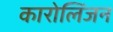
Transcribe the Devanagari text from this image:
कारोलिंजन